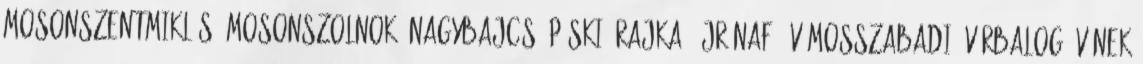
Mosonszentmiklós, Mosonszolnok, Nagybajcs, Püski, Rajka, Újrónafő, Vámosszabadi, Várbalog, Vének